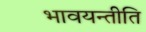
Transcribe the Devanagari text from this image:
भावयन्तीति